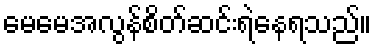
မေမေအလွန်စိတ်ဆင်းရဲနေရသည်။